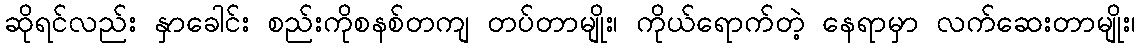
ဆိုရင်လည်း နှာခေါင်း စည်းကိုစနစ်တကျ တပ်တာမျိုး၊ ကိုယ်ရောက်တဲ့ နေရာမှာ လက်ဆေးတာမျိုး၊